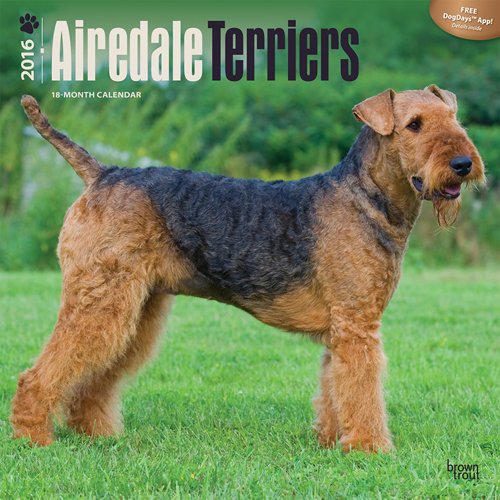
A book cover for Airedale Terriers 2016 Square 12x12 (Multilingual Edition); Browntrout Publishers; Calendars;